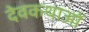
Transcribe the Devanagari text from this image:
देवकथाओं